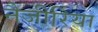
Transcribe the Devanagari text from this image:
नैजीरिया